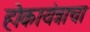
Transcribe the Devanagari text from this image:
होकायंत्राचा